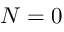
N = 0